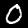
Label: 0